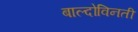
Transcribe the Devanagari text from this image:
बाल्दोविनती